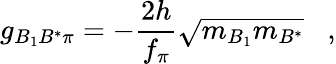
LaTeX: g_{B_{1}B^{*}\pi}=-{\frac{2h}{f_{\pi}}}\sqrt{m_{B_{1}}m_{B^{*}}}\; \; \; ,